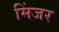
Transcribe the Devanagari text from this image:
मिंजर